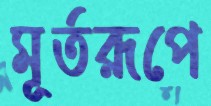
মূর্তরূপে